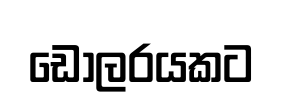
ඩොලරයකට